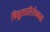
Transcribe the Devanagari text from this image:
विद्युतप्रतिरोधकता